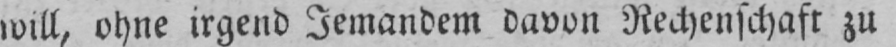
will, ohne irgend Jemandem davon Rechenschaft zu